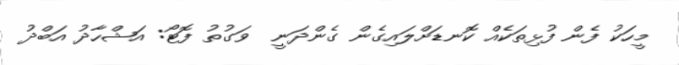
މީހަކު ފެން ފުޅިތަކެއް ކޮނޑަށްލައިގެން ގެންދަނީ  ވަގުތު ފޮޓޯ: އަޝްހާދު އަބްދު